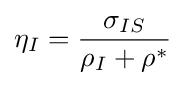
\eta _{I}={\frac {\sigma _{IS}}{\rho _{I}+\rho ^{*}}}